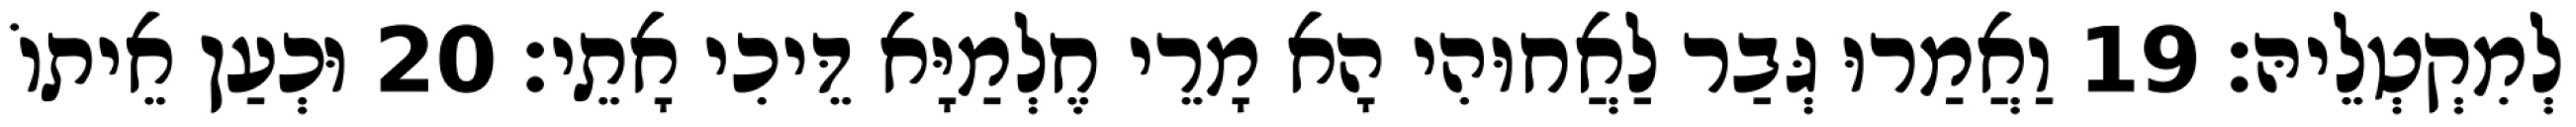
לְמִקְטְלֵיהּ׃ 19 וַאֲמַרוּ גְּבַר לַאֲחוּהִי הָא מָרֵי חֶלְמַיָּא דֵּיכִי אָתֵי׃ 20 וּכְעַן אֵיתוֹ